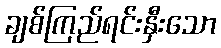
ချစ်ကြည်ရင်းနှီးသော